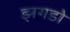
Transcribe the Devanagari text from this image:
झगडो